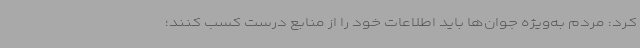
کرد: مردم به‌ویژه جوان‌ها باید اطلاعات خود را از منابع درست کسب کنند؛